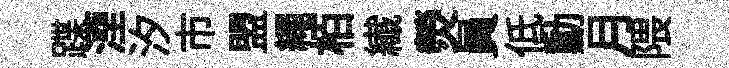
蹀湮汐市盟繩栢纎熒員低勳月隈